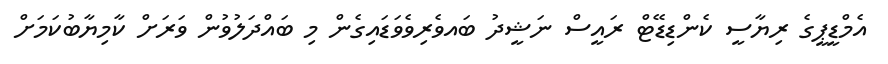
އެމްޑީޕީގެ ރިޔާސީ ކެންޑިޑޭޓް ރައީސް ނަޝީދު ބައވެރިވެވަޑައިގެން މި ބައްދަލުވުން ވަރަށް ކާމިޔާބުކަމަށް